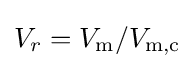
V_{r}=V_{\text{m}}/V_{\text{m,c}}